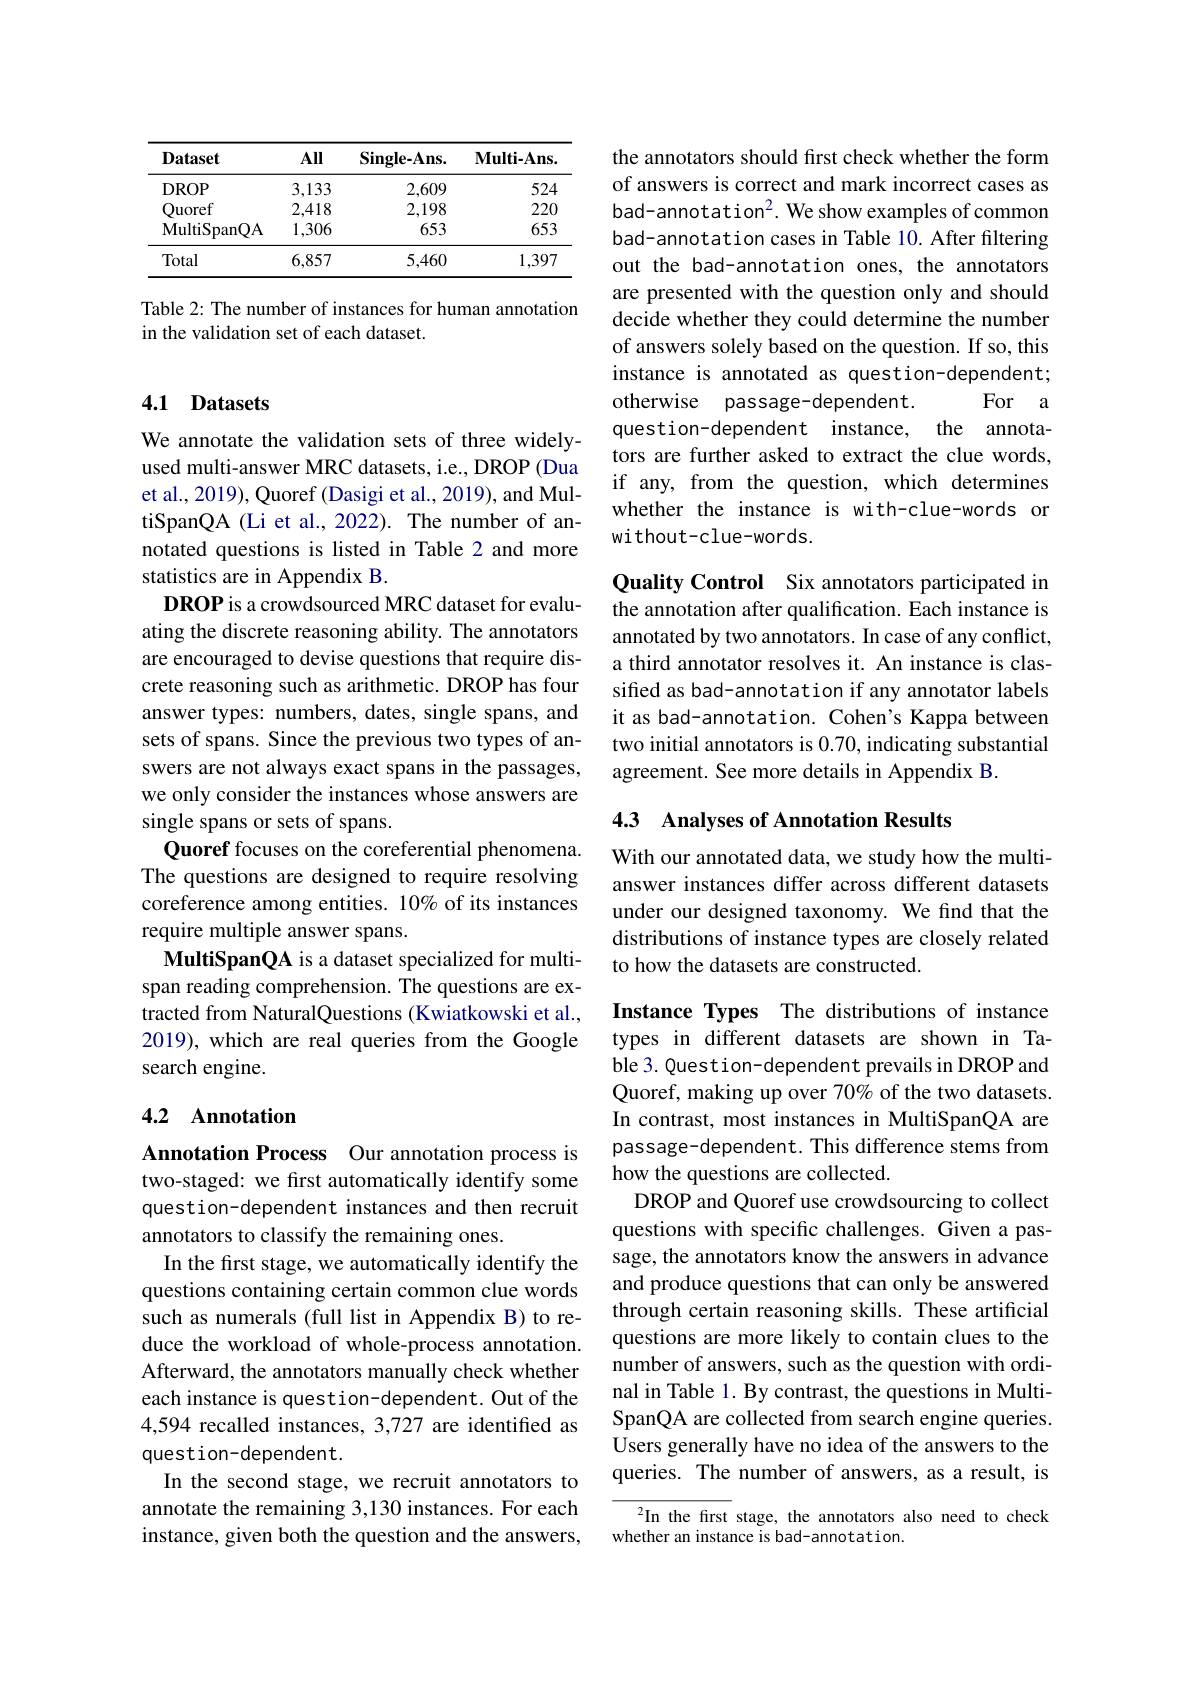
<table>
	<tbody>
		<tr>
			<th>$\mathbf{Dataset}$</th>
			<th>All</th>
			<th>${\mathrm{Single-Ans.}}$</th>
			<th>$\mathbf{Multi-Ans}$</th>
		</tr>
		<tr>
			<td>DROP</td>
			<td>3,133</td>
			<td>2,609</td>
			<td>524</td>
		</tr>
		<tr>
			<td>Ouoref</td>
			<td>2,418</td>
			<td>2,198</td>
			<td>220</td>
		</tr>
		<tr>
			<td>${\mathrm{MultiSpanQA}}$</td>
			<td>1,306</td>
			<td>653</td>
			<td>653</td>
		</tr>
		<tr>
			<td>Total</td>
			<td>6,857</td>
			<td>5,460</td>
			<td>1,397</td>
		</tr>
	</tbody>
</table>

Table 2: The number of instances for human annotation
in the validation set of each dataset.

### 4.1 Datasets

We annotate the validation sets of three widelyused multi-answer MRC datasets, i.e., DROP (Dua et al., 2019), Quoref (Dasigi et al., 2019), and MultiSpanQA (Li et al., 2022). The number of annotated questions is listed in Table 2 and more statistics are in Appendix B.
DROP is a crowdsourced MRC dataset for evaluating the discrete reasoning ability. The annotators are encouraged to devise questions that require discrete reasoning such as arithmetic. DROP has four answer types: numbers, dates, single spans, and sets of spans. Since the previous two types of answers are not always exact spans in the passages, we only consider the instances whose answers are single spans or sets of spans.
Quoref focuses on the coreferential phenomena. The questions are designed to require resolving coreference among entities. 10% of its instances require multiple answer spans.
MultiSpanQA is a dataset specialized for multispan reading comprehension. The questions are extracted from NaturalQuestions (Kwiatkowski et al., 2019), which are real queries from the Google search engine.

## 4.2 Annotation

Annotation Process Our annotation process is two-staged: we first automatically identify some question-dependent instances and then recruit annotators to classify the remaining ones.
In the first stage, we automatically identify the questions containing certain common clue words such as numerals (full list in Appendix B) to reduce the workload of whole-process annotation. Afterward, the annotators manually check whether each instance is question-dependent. Out of the 4,594 recalled instances, 3,727 are identified as question-dependent.
In the second stage, we recruit annotators to annotate the remaining 3,130 instances. For each instance, given both the question and the answers,

the annotators should first check whether the form of answers is correct and mark incorrect cases as $bad-annotation^2. We show examples of common$ bad-annotation cases in Table 10. After filtering out the bad-annotation ones, the annotators are presented with the question only and should decide whether they could determine the number of answers solely based on the question. If so, this instance is annotated as question-dependent; otherwise passage-dependent
For a
question-dependent instance, the annotators are further asked to extract the clue words, if any, from the question, which determines whether the instance is with-clue-words or without-clue-words.

Quality Control Six annotators participated in the annotation after qualification. Each instance is annotated by two annotators. In case of any conflict, a third annotator resolves it. An instance is classified as bad-annotation if any annotator labels it as bad-annotation. Cohen's Kappa between two initial annotators is 0.70, indicating substantial agreement. See more details in Appendix B.

## 4.3 Analyses of Annotation Results

With our annotated data, we study how the multianswer instances differ across different datasets under our designed taxonomy. We find that the distributions of instance types are closely related to how the datasets are constructed.

Instance Types The distributions of instance types in different datasets are shown in Table 3. Quest ion- dependent prevails in DROP and Quoref, making up over 70% of the two datasets. In contrast, most instances in MultiSpanQA are passage-dependent. This difference stems from how the questions are collected.
DROP and Quoref use crowdsourcing to collect questions with specific challenges. Given a passage, the annotators know the answers in advance and produce questions that can only be answered through certain reasoning skills. These artificial questions are more likely to contain clues to the number of answers, such as the question with ordinal in Table 1. By contrast, the questions in MultiSpanQA are collected from search engine queries. Users generally have no idea of the answers to the queries. The number of answers, as a result, is

In the first stage, the annotators also need to check
whether an instance is bad-annotation.